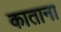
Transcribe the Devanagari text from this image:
काताना